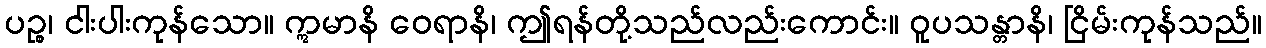
ပဉ္စ၊ ငါးပါးကုန်သော။ ဣမာနိ ဝေရာနိ၊ ဤရန်တို့သည်လည်းကောင်း။ ဝူပသန္တာနိ၊ ငြိမ်းကုန်သည်။